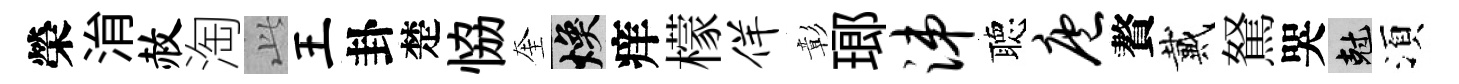
榮㳙赦淘𬼘王卦楚恊奎焕痒檬佯彰瑯涕聴庖贅戴駑哭剋湏